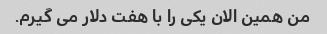
من همین الان یکی را با هفت دلار می گیرم.